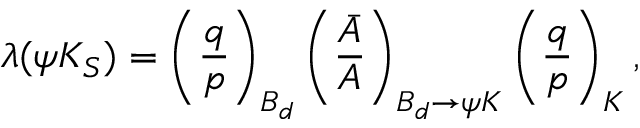
\lambda ( \psi K _ { S } ) = \left( \frac { q } { p } \right) _ { B _ { d } } \left( \frac { \bar { A } } { A } \right) _ { B _ { d } \rightarrow \psi K } \left( \frac { q } { p } \right) _ { K } ,